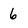
Character: 6